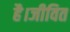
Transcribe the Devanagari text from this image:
है।जीवित